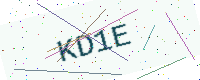
Text: KD1E